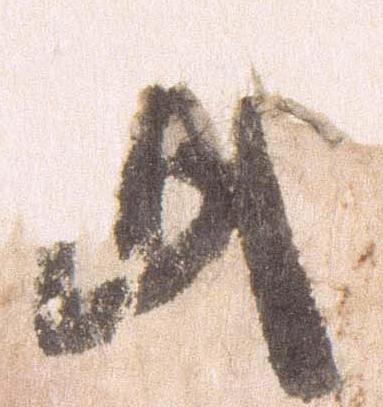
武